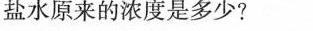
盐水原来的浓度是多少?